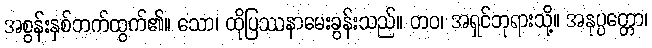
အစွန်းနှစ်ဘက်ထွက်၏။ သော၊ ထိုပြဿနာမေးခွန်းသည်။ တဝ၊ အရှင်ဘုရားသို့။ အနုပ္ပတ္တော၊